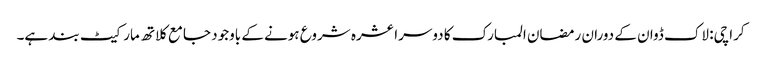
کراچی: لاک ڈوان کے دوران رمضان المبارک کا دوسرا عشرہ شروع ہونے کے باوجود جامع کلاتھ مارکیٹ بند ہے۔